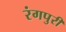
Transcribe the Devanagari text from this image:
रंगपुरी